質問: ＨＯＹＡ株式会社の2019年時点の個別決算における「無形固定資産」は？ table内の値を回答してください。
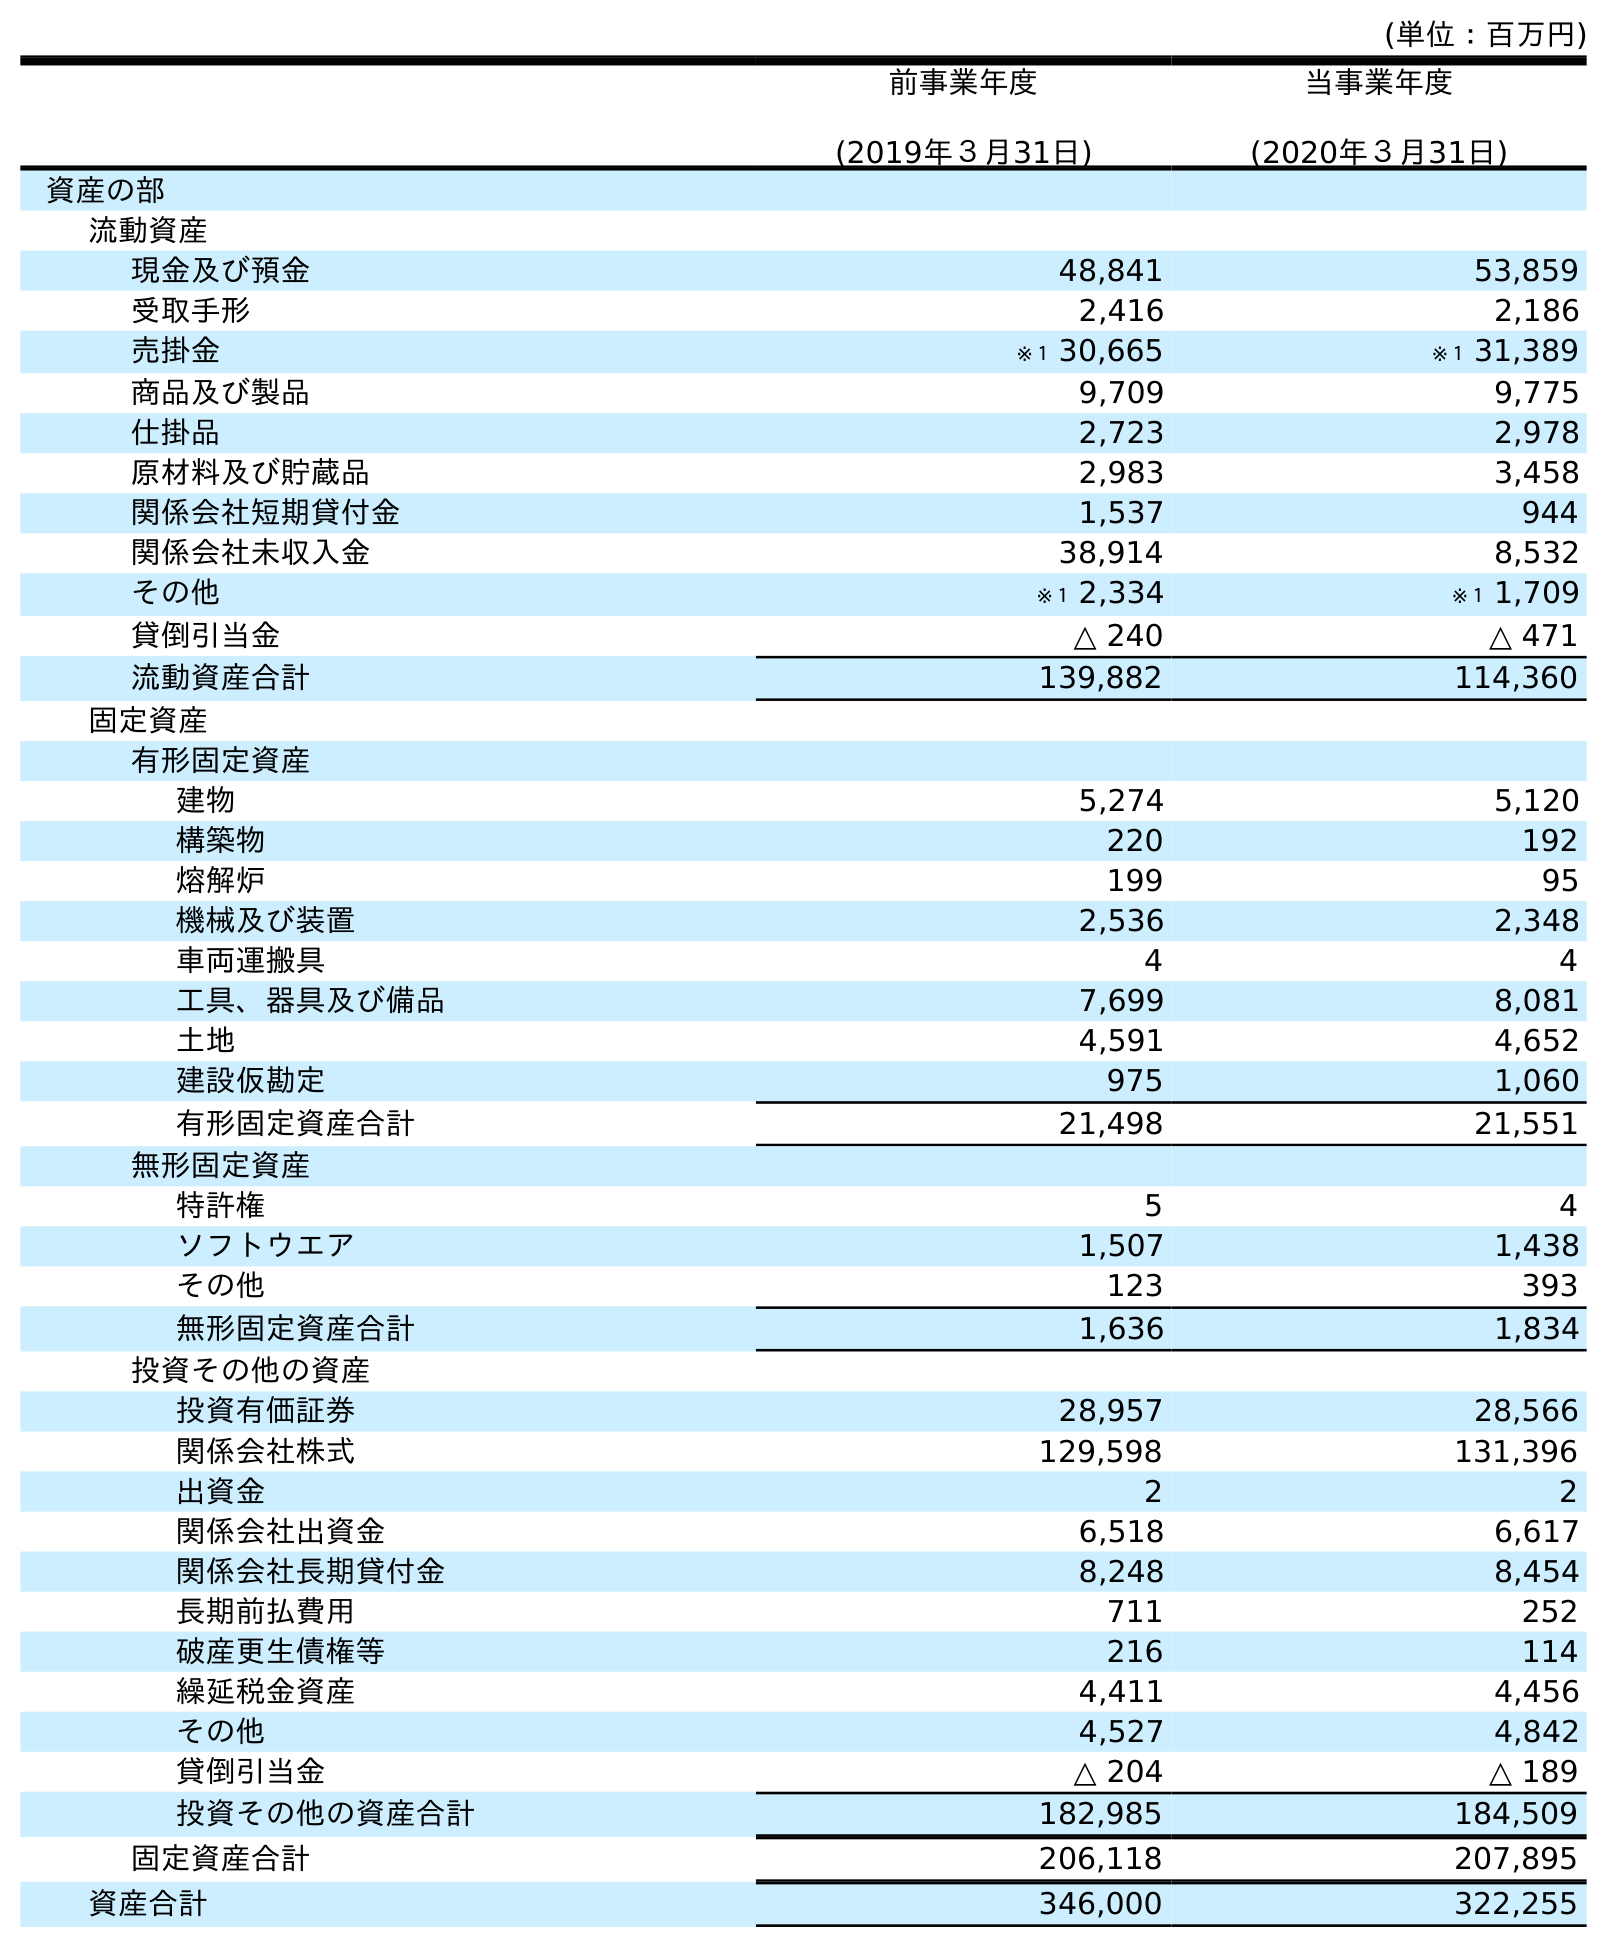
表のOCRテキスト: (単位：百万円) 前事業年度 (2019年３月31日) 当事業年度 (2020年３月31日) 資産の部 流動資産 現金及び預金 48,841 53,859 受取手形 2,416 2,186 売掛金 ※１ 30,665 ※１ 31,389 商品及び製品 9,709 9,775 仕掛品 2,723 2,978 原材料及び貯蔵品 2,983 3,458 関係会社短期貸付金 1,537 944 関係会社未収入金 38,914 8,532 その他 ※１ 2,334 ※１ 1,709 貸倒引当金 △ 240 △ 471 流動資産合計 139,882 114,360 固定資産 有形固定資産 建物 5,274 5,120 構築物 220 192 熔解炉 199 95 機械及び装置 2,536 2,348 車両運搬具 4 4 工具、器具及び備品 7,699 8,081 土地 4,591 4,652 建設仮勘定 975 1,060 有形固定資産合計 21,498 21,551 無形固定資産 特許権 5 4 ソフトウエア 1,507 1,438 その他 123 393 無形固定資産合計 1,636 1,834 投資その他の資産 投資有価証券 28,957 28,566 関係会社株式 129,598 131,396 出資金 2 2 関係会社出資金 6,518 6,617 関係会社長期貸付金 8,248 8,454 長期前払費用 711 252 破産更生債権等 216 114 繰延税金資産 4,411 4,456 その他 4,527 4,842 貸倒引当金 △ 204 △ 189 投資その他の資産合計 182,985 184,509 固定資産合計 206,118 207,895 資産合計 346,000 322,255
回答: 1,636